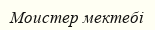
Моистер мектебі